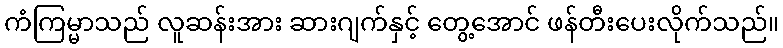
ကံကြမ္မာသည် လူဆန်းအား ဆားဂျက်နှင့် တွေ့အောင် ဖန်တီးပေးလိုက်သည်။